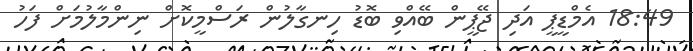
18:49 އެމްޑީޕީ އަދި ޖޭޕީން ބޭއްވި ބޮޑު ހިނގާލުން ރަސްމީކޮށް ނިންމާލުމަށް ފަހު